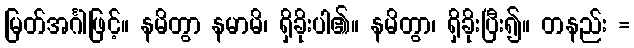
မြတ်အင်္ဂါဖြင့်။ နမိတွာ နမာမိ၊ ရှိခိုးပါ၏။ နမိတွာ၊ ရှိခိုးပြီး၍။ တနည်း =